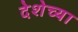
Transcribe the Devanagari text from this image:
देशेच्या